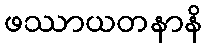
ဖဿာယတနာနိ